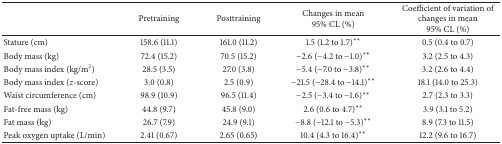
<table><thead><tr><td><b> </b></td><td><b>Pretraining</b></td><td><b>Posttraining</b></td><td><b>Changes in mean 95% CL (%)</b></td><td><b>Coefficient of variation of changes in mean 95% CL (%)</b></td></tr></thead><tbody><tr><td>Stature (cm)</td><td>158.6 (11.1)</td><td>161.0 (11.2)</td><td>1.5 (1.2 to 1.7)**</td><td>0.5 (0.4 to 0.7)</td></tr><tr><td>Body mass (kg)</td><td>72.4 (15.2)</td><td>70.5 (15.2)</td><td>−2.6 (−4.2 to −1.0)**</td><td>3.2 (2.5 to 4.3)</td></tr><tr><td>Body mass index (kg/m<sup>2</sup>)</td><td>28.5 (3.5)</td><td>27.0 (3.8)</td><td>−5.4 (−7.0 to −3.8)**</td><td>3.2 (2.6 to 4.4)</td></tr><tr><td>Body mass index (<i>z</i>-score)</td><td>3.0 (0.8)</td><td>2.5 (0.9)</td><td>−21.5 (−28.4 to −14.1)**</td><td>18.1 (14.0 to 25.3)</td></tr><tr><td>Waist circumference (cm)</td><td>98.9 (10.9)</td><td>96.5 (11.4)</td><td>−2.5 (−3.4 to −1.6)**</td><td>2.7 (2.3 to 3.3)</td></tr><tr><td>Fat-free mass (kg)</td><td>44.8 (9.7)</td><td>45.8 (9.0)</td><td>2.6 (0.6 to 4.7)**</td><td>3.9 (3.1 to 5.2)</td></tr><tr><td>Fat mass (kg)</td><td>26.7 (7.9)</td><td>24.9 (9.1)</td><td>−8.8 (−12.1 to −5.3)**</td><td>8.9 (7.3 to 11.5)</td></tr><tr><td>Peak oxygen uptake (L/min)</td><td>2.41 (0.67)</td><td>2.65 (0.65)</td><td>10.4 (4.3 to 16.4)**</td><td>12.2 (9.6 to 16.7)</td></tr></tbody></table>